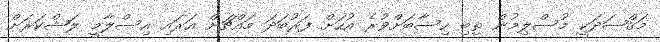
މަޤްޞަދަކީ މުސްލިމުން ތިބި ހިސާބަށްވުރެ އުހަށް ފަރުބަދަ މައްޗަށް އަރައި އިސްލާމީ ލަޝްކަރަށް